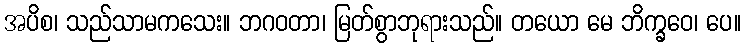
အပိစ၊ သည်သာမကသေး။ ဘဂဝတာ၊ မြတ်စွာဘုရားသည်။ တယော မေ ဘိက္ခဝေ၊ ပေ။